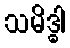
သမိဒ္ဓါ